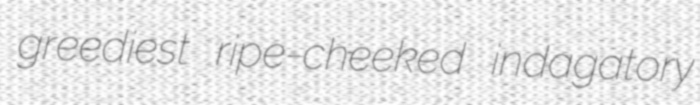
greediest ripe-cheeked indagatory